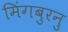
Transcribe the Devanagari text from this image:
मिंगबुरनु